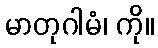
မာတုဂါမံ၊ ကို။